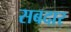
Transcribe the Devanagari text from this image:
सबदार